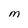
Character: M